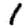
Digit: 1